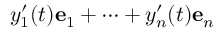
y _ { 1 } ^ { \prime } ( t ) \mathbf { e } _ { 1 } + \cdots + y _ { n } ^ { \prime } ( t ) \mathbf { e } _ { n }